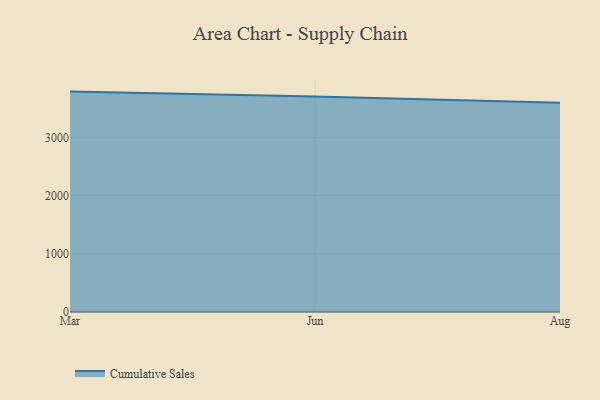
{"axis": {"x": "Month", "y": "Satisfaction Score"}, "legend": ["Cumulative Sales"], "data": [{"x": "Mar", "y": 3787.5, "type": "Cumulative Sales"}, {"x": "Jun", "y": 3701.4, "type": "Cumulative Sales"}, {"x": "Aug", "y": 3594.4, "type": "Cumulative Sales"}]}